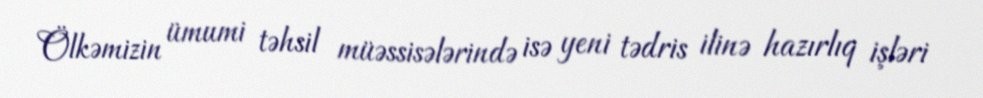
Ölkəmizin ümumi təhsil müəssisələrində isə yeni tədris ilinə hazırlıq işləri